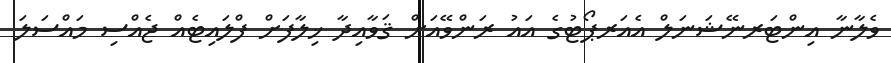
ވެލާނާ އިންޓަރނޭޝަނަލް އެއަރޕޯޓުގެ އައު ރަންވޭއަށް ޤަވާއިދާ ޚިލާފަށް ފްލައިޓެއް ޖެއްސި މައްސަލަ